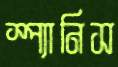
স্প্যানিস